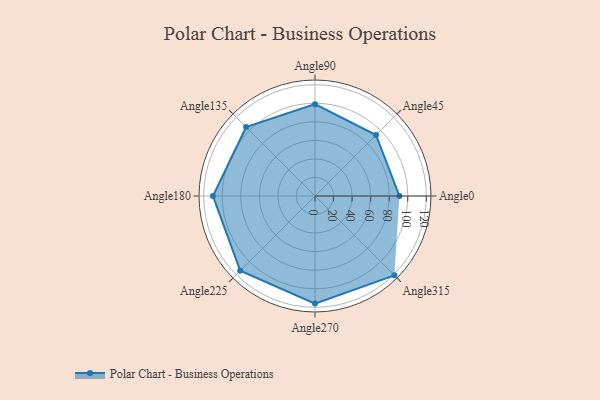
{"axis": {"x": "Angle", "y": "Radius"}, "legend": [""], "data": [{"x": "Angle0", "y": 91.0, "type": ""}, {"x": "Angle45", "y": 93.0, "type": ""}, {"x": "Angle90", "y": 99.0, "type": ""}, {"x": "Angle135", "y": 105.0, "type": ""}, {"x": "Angle180", "y": 110.0, "type": ""}, {"x": "Angle225", "y": 114.0, "type": ""}, {"x": "Angle270", "y": 116.0, "type": ""}, {"x": "Angle315", "y": 121.0, "type": ""}]}